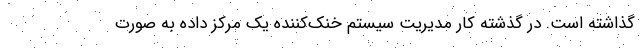
گذاشته است. در گذشته کار مدیریت سیستم خنک‌کننده یک مرکز داده به صورت